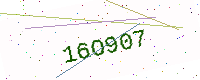
Text: 16O907